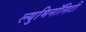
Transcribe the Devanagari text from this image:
ल्युमिनॉसिटी